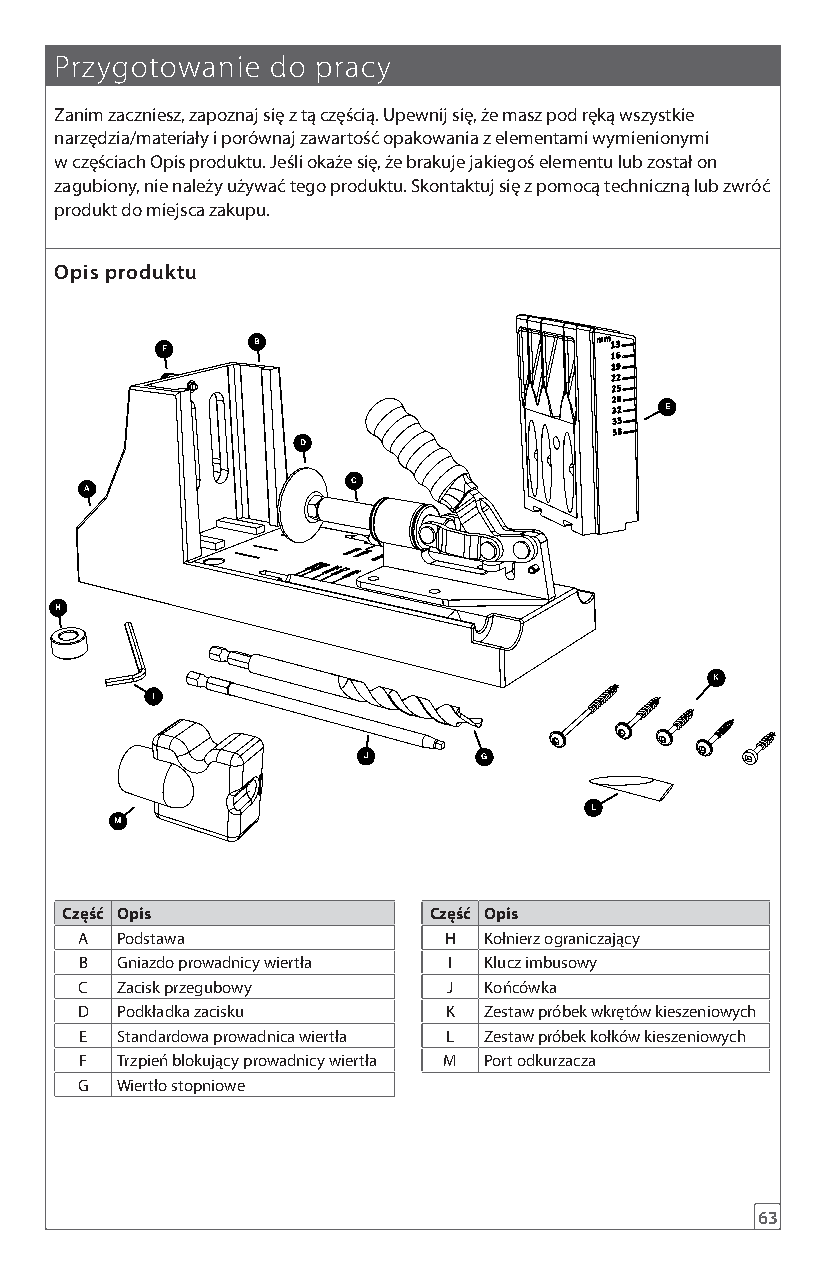
Przygotowanie do pracy
 Zanim zaczniesz, zapoznaj się z tą częścią. Upewnij się, że masz pod ręką wszystkie
 narzędzia/materiały i porównaj zawartość opakowania z elementami wymienionymi
 w częściach Opis produktu. Jeśli okaże się, że brakuje jakiegoś elementu lub został on
 zagubiony, nie należy używać tego produktu. Skontaktuj się z pomocą techniczną lub zwróć
 produkt do miejsca zakupu.
 Opis produktu
 B
 F
 E
 D
 C
 A
 H
 K
 I
 J       G
 L
 M
 Część Opis              Część Opis
 A  Podstawa             H  Kołnierz ograniczający
 B  Gniazdo prowadnicy wiertła I Klucz imbusowy
 C  Zacisk przegubowy     J Końcówka
 D  Podkładka zacisku    K  Zestaw próbek wkrętów kieszeniowych
 E  Standardowa prowadnica wiertła L Zestaw próbek kołków kieszeniowych
 F  Trzpień blokujący prowadnicy wiertła M Port odkurzacza
 G  Wiertło stopniowe
 63